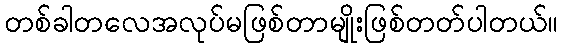
တစ်ခါတလေအလုပ်မဖြစ်တာမျိုးဖြစ်တတ်ပါတယ်။